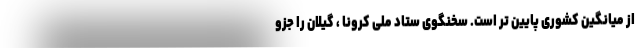
از میانگین کشوری پایین تر است. سخنگوی ستاد ملی کرونا ، گیلان را جزو